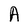
Character: A